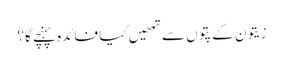
زیتون کے پتوں سے تمھیں کیا فائدہ پہنچے گا؟